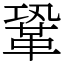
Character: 鞏